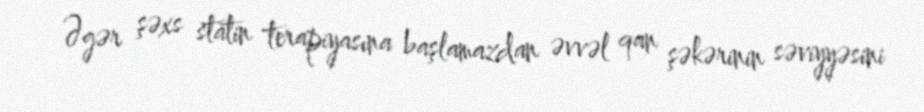
Əgər şəxs statin terapiyasına başlamazdan əvvəl qan şəkərinin səviyyəsini